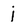
Character: j